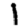
Digit: 1